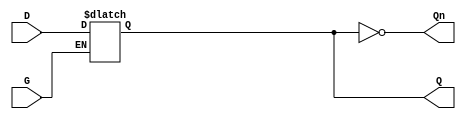
module dual_input_gated_latch (
    input wire D,      // Data Input
    input wire G,      // Gating Input
    output reg Q,      // Output
    output wire Qn     // Complement Output
);

// Complement output
assign Qn = ~Q;

// Always block to implement the gated latch behavior
always @(*) begin
    if (G) begin
        Q = D;  // Capture the data input when G is high
    end
    // When G is low, Q retains its previous state
end

endmodule